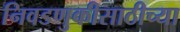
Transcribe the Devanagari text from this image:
निवडणुकीसाठीच्या